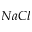
N a C l